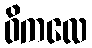
ဝိကလေ